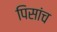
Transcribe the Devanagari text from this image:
पिसांच